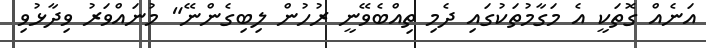
އަނެއް ގޮތަކީ އެ މަގާމުތަކުގައި ދެމި ތިއްބެވޭނީ ރުހުން ލިބިގެންނޭ" މުނައްވަރު ވިދާޅުވި